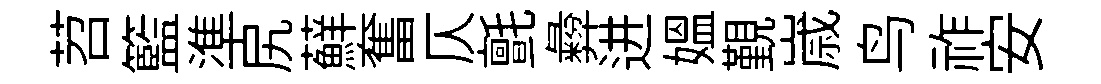
苕籃準尻蘚奮仄氈彜进媪覲𡻕鸟祚安